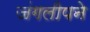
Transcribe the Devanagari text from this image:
जंगलीपने